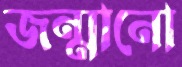
জন্মানো